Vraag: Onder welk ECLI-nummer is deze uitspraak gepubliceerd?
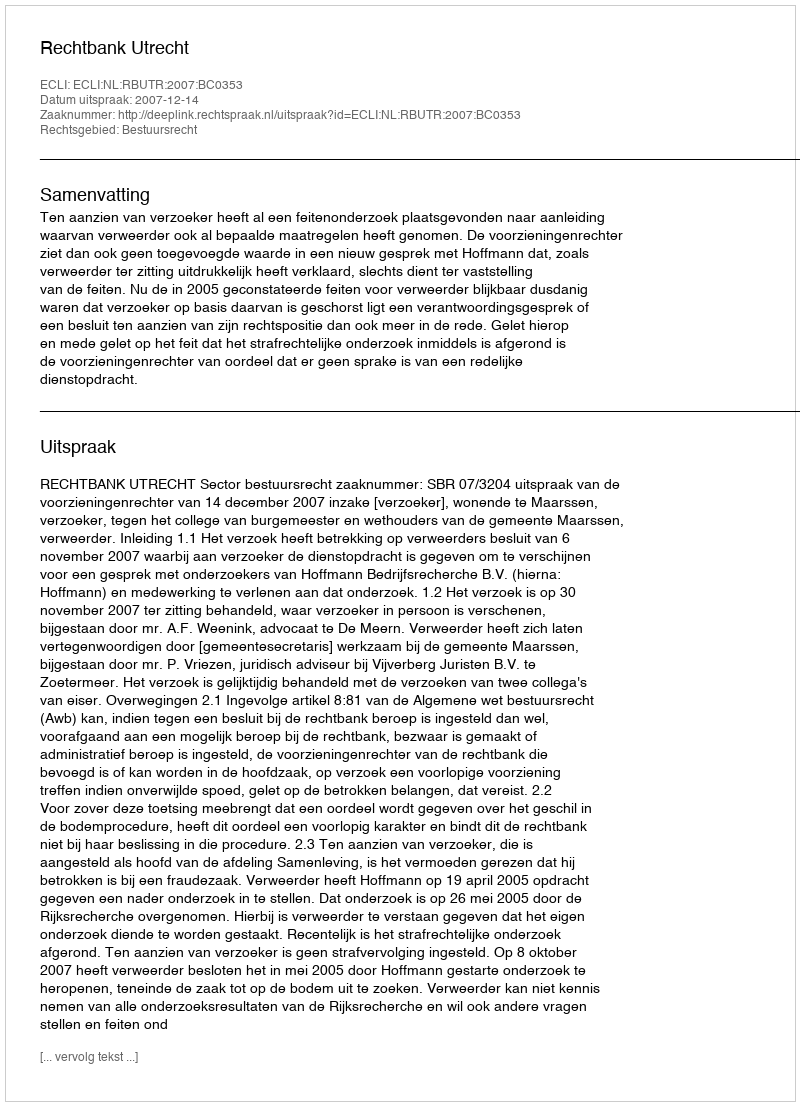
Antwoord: ECLI:NL:RBUTR:2007:BC0353